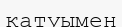
қатуымен